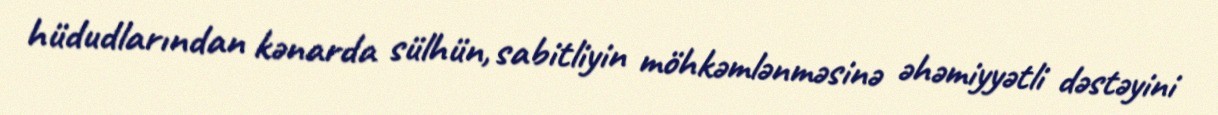
hüdudlarından kənarda sülhün, sabitliyin möhkəmlənməsinə əhəmiyyətli dəstəyini